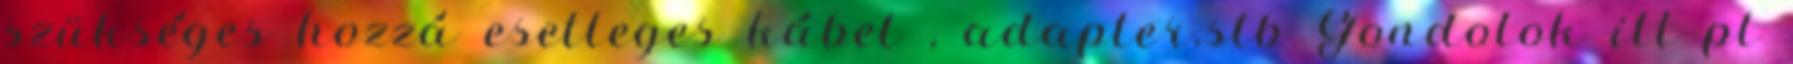
szükséges hozzá esetleges kábel , adapter.stb Gondolok itt pl